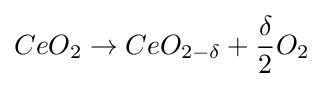
CeO_{2}\rightarrow CeO_{2-\delta }+{\frac {\delta }{2}}O_{2}